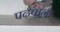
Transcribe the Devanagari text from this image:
पढ़वाना